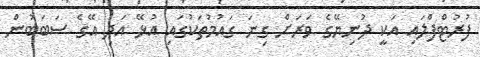
ފުރުޓްފްލައި އަކީ ދުނިޔޭގެ ވަރަށް ގިނަ ގައުމުތަކުގައި އުޅޭ އަދި އޭގެ ސަބަބުން